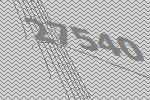
27540